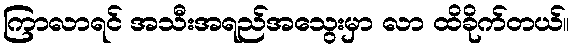
ကြာလာရင် အသီးအရည်အသွေးမှာ လာ ထိခိုက်တယ်။